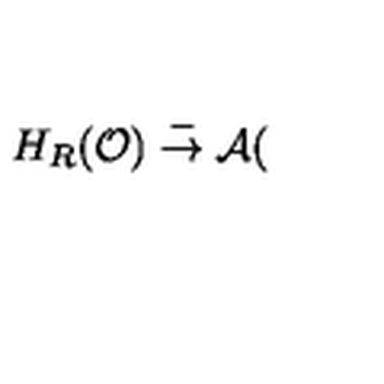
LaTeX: H _ { R } ( \mathcal { O } ) \stackrel { \mathcal { \Gamma } } { \rightarrow } \mathcal { A } (